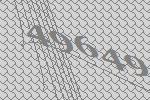
49649